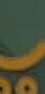
بـ